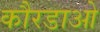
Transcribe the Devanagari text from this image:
कौरडाओ